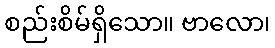
စည်းစိမ်ရှိသော။ ဗာလော၊